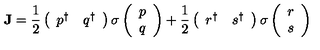
{ \bf J } = { \frac { 1 } { 2 } } \left( \begin{array} { c c } { p ^ { \dagger } } & { q ^ { \dagger } } \\ \end{array} \right) { \bf \sigma } \left( \begin{array} { c } { p } \\ { q } \\ \end{array} \right) + { \frac { 1 } { 2 } } \left( \begin{array} { c c } { r ^ { \dagger } } & { s ^ { \dagger } } \\ \end{array} \right) { \bf \sigma } \left( \begin{array} { c } { r } \\ { s } \\ \end{array} \right)